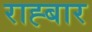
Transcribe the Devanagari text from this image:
राह्बार